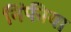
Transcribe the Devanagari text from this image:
निंफीया